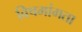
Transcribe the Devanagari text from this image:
विषमांगता